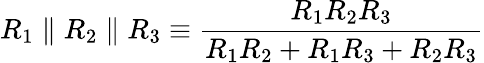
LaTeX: R_{1}\parallel R_{2}\parallel R_{3}\equiv{\frac{R_{1}R_{2}R_{3}}{R_{1}R_{2}+R_{1}R_{3}+R_{2}R_{3}}}